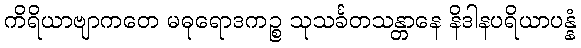
ကိရိယာဗျာကတေ မဓုရောဒကဉ္စ သုသင်္ခတသန္တာနေ နိဒါနပရိယာပန္နံ